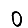
Digit: 0